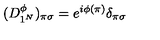
( D _ { 1 ^ { N } } ^ { \phi } ) _ { \pi \sigma } = e ^ { i \phi ( \pi ) } \delta _ { \pi \sigma }